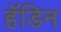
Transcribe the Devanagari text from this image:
हॅडिन